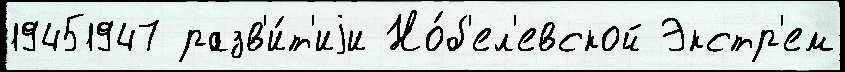
19451947 разв'и́т'иjи Но́б'ел'евской Экстр'ем